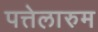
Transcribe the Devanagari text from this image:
पत्तेलारुम